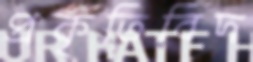
প্রকৃতিবিদ